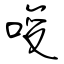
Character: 唆